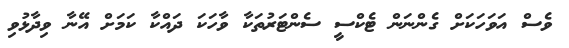
ވެސް އަވަހަކަށް ގެންނަން ޓެކްސީ ސެންޓަރުތަކާ ވާހަކަ ދައްކާ ކަމަށް އޭނާ ވިދާޅުވި